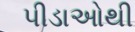
પીડાઓથી